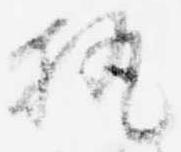
執